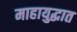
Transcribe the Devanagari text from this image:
माहायुद्धात